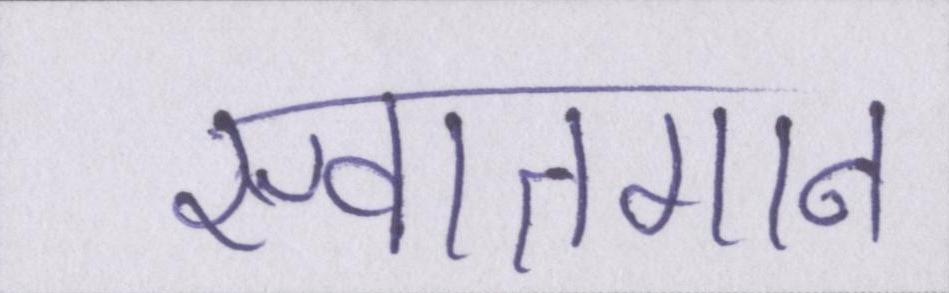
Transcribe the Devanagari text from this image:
स्वातगान